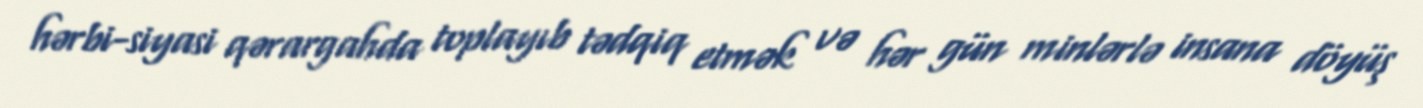
hərbi-siyasi qərargahda toplayıb tədqiq etmək və hər gün minlərlə insana döyüş